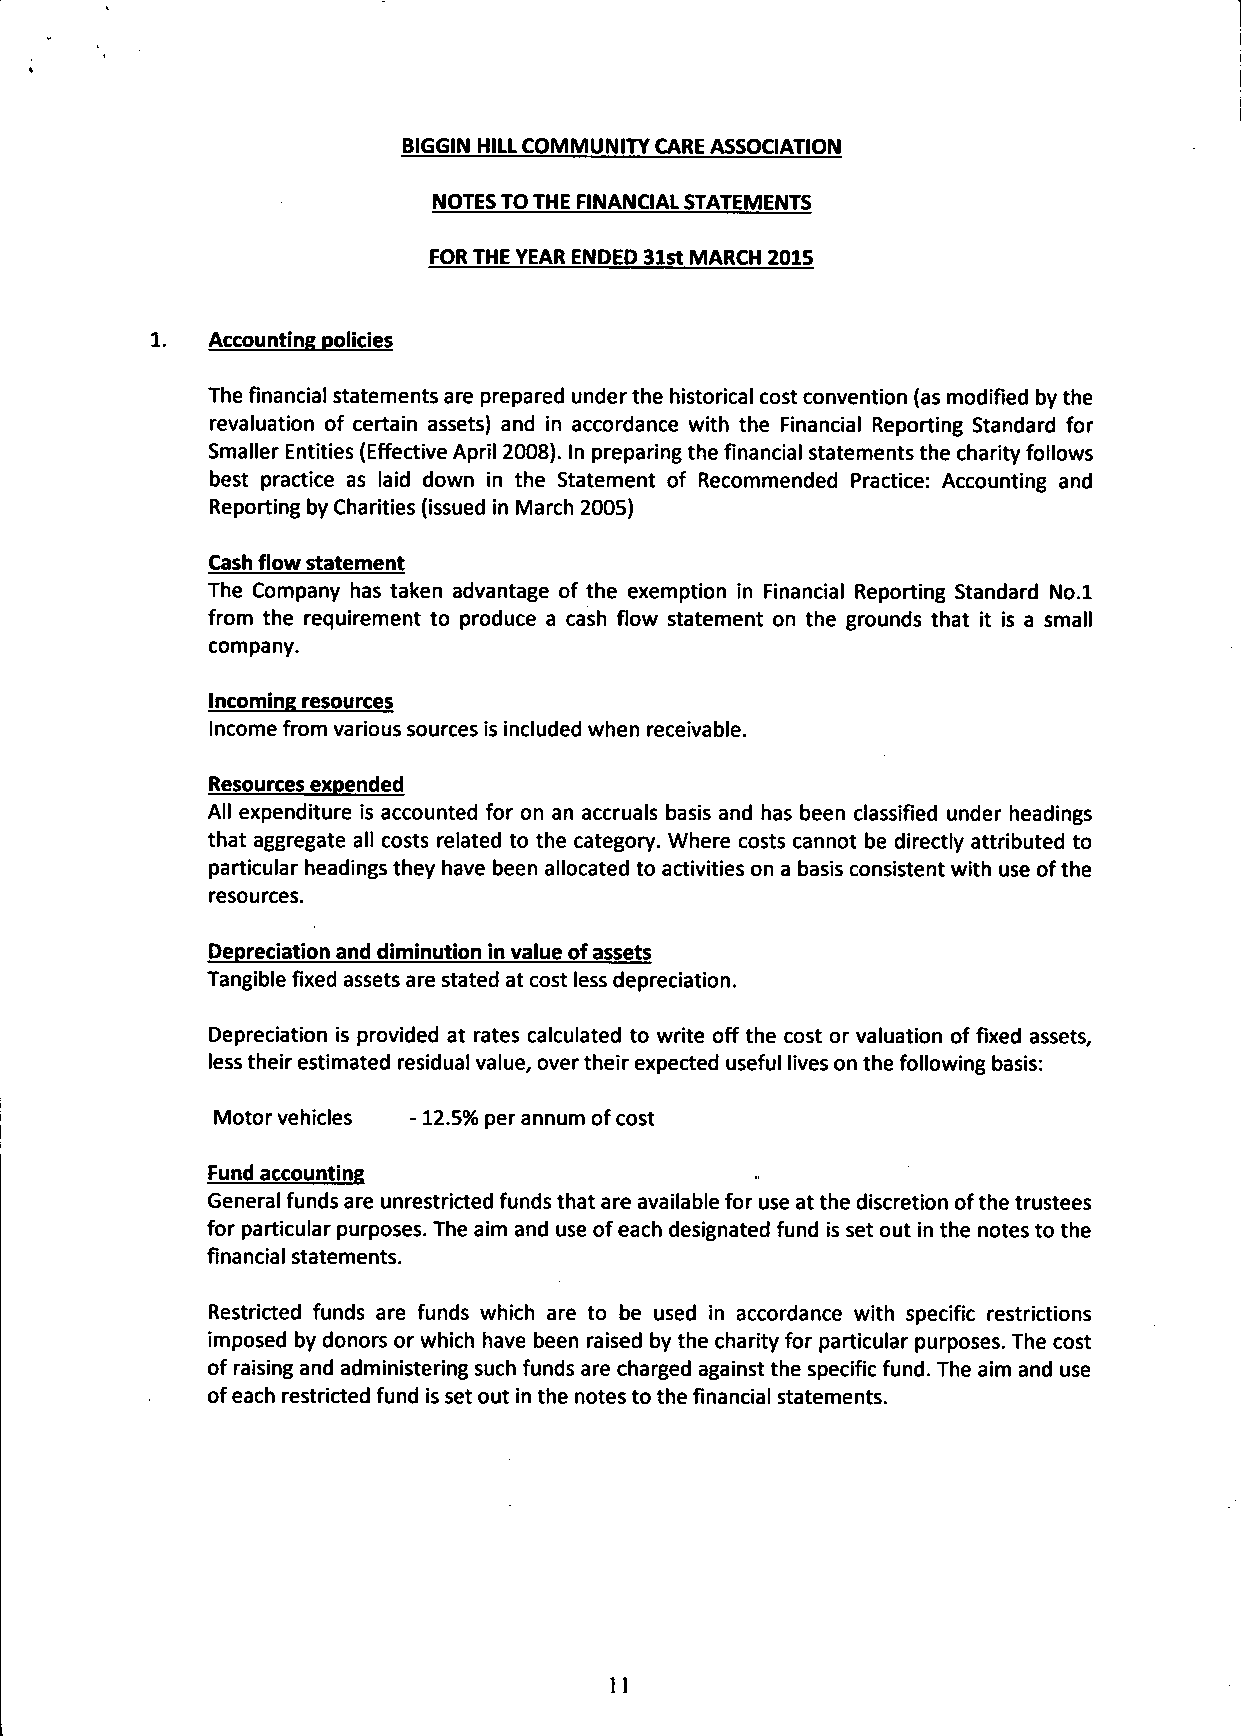
BIGGIN HILL COMMUNITY CARE ASSOCIATION
 NOTES TO THE FINANCIAL STATEMENTS
 FOR THE YEAR ENDED 31st MARCH 2015
 Accounting policies
 The financial statements are prepared under the historical cost convention (as modified by the
 revaluation of certain assets) and in accordance with the Financial Reporting Standard for
 Smaller Entities (Effective April 2008). In preparing the financial statements the charity follows
 best practice as laid down in the Statement of Recommended Practice: Accounting and
 Reporting by Charities (issued in March 2005)
 Cash flow statement
 The Company has taken advantage of the exemption in Financial Reporting Standard No.l
 from the requirement to produce a cash flow statement on the grounds that it is a small
 company.
 Incoming resources
 Income from various sources is included when receivable.
 Resources expended
 All expenditure is accounted for on an accruals basis and has been classified under headings
 that aggregate all costs related to the category. Where costs cannot be directly attributed to
 particular headings they have been allocated to activities on a basis consistent with use ofthe
 resources.
 Depreciation and diminution in value of assets
 Tangible fixed assets are stated at cost less depreciation.
 Depreciation is provided at rates calculated to write off the cost or valuation of fixed assets,
 less their estimated residual value, over their expected useful lives on the following basis:
 Motor vehicles -12.5% per annum of cost
 Fund accounting
 General funds are unrestricted funds that are available for use at the discretion ofthe trustees
 for particular purposes. The aim and use of each designated fund is set out in the notes to the
 financial statements.
 Restricted funds are funds which are to be used in accordance with specific restrictions
 imposed by donors or which have been raised by the charity for particular purposes. The cost
 of raising and administering such funds are charged against the specific fund. The aim and use
 of each restricted fund is set out in the notes to the financial statements.
 11